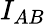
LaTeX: I_{AB}